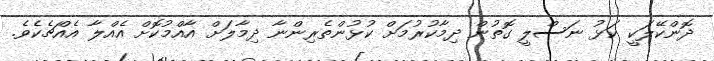
ދޮންކޭލަކީ ކަޅު ނަސްލީ ގޮތުން ދިމާކުރުމަށް ކުޅުންތެރިންނާ ދިމާލަށް އާއްމުކޮށް އެއްލާ އެއްޗެކެވެ.